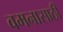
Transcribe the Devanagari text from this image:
वमनासाठी